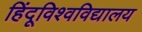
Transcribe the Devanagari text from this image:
हिंदूविश्वविद्यालय